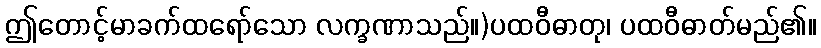
ဤတောင့်မာခက်ထရော်သော လက္ခဏာသည်။)ပထဝီဓာတု၊ ပထဝီဓာတ်မည်၏။